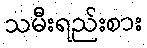
သမီးရည်းစား